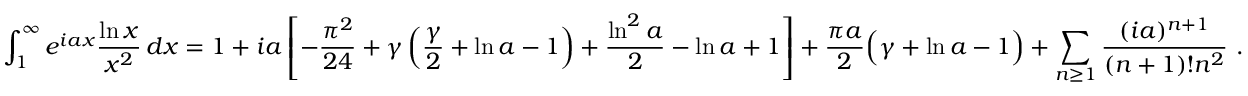
\int _ { 1 } ^ { \infty } e ^ { i a x } { \frac { \ln x } { x ^ { 2 } } } \, d x = 1 + i a \left[ - { \frac { \pi ^ { 2 } } { 2 4 } } + \gamma \left( { \frac { \gamma } { 2 } } + \ln a - 1 \right) + { \frac { \ln ^ { 2 } a } { 2 } } - \ln a + 1 \right] + { \frac { \pi a } { 2 } } { \Bigl ( } \gamma + \ln a - 1 { \Bigr ) } + \sum _ { n \geq 1 } { \frac { ( i a ) ^ { n + 1 } } { ( n + 1 ) ! n ^ { 2 } } } ~ .